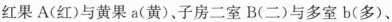
红果A(红)与黄果a(黄)。子房二室B(二)与多室b(多)、